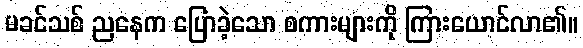
မခင်သစ် ညနေက ပြောခဲ့သော စကားများကို ကြားယောင်လာ၏။